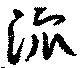
潨